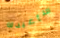
سأعيدك